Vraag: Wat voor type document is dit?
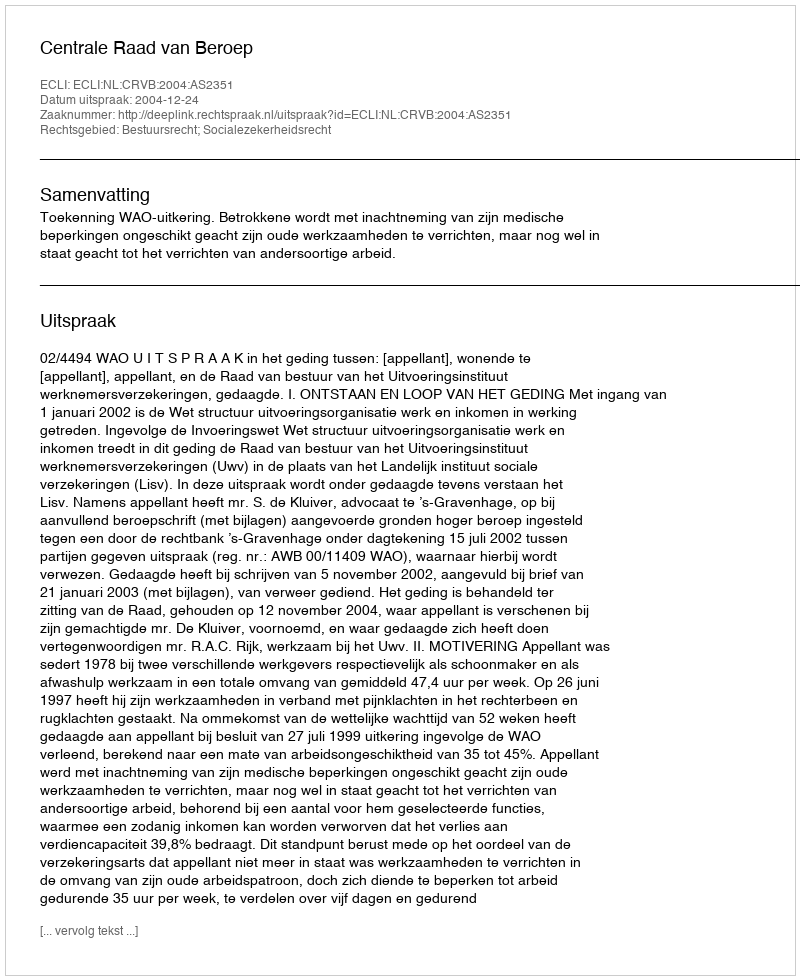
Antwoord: Uitspraak